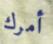
أمرك